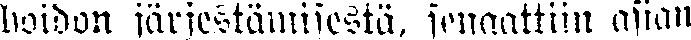
hoidon järjestämisestä, senaattiin asian